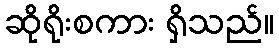
ဆိုရိုးစကား ရှိသည်။